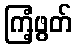
ကြံ့ဖွတ်